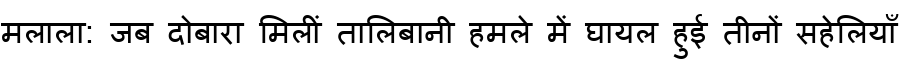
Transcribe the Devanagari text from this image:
मलाला: जब दोबारा मिलीं तालिबानी हमले में घायल हुई तीनों सहेलियाँ